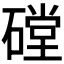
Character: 𰧙